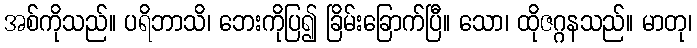
အစ်ကိုသည်။ ပရိဘာသိ၊ ဘေးကိုပြ၍ ခြိမ်းခြောက်ပြီ။ သော၊ ထိုဇဂ္ဂနသည်။ မာတု၊